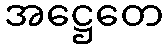
အဋ္ဌေတေ